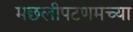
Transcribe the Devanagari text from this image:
मछलीपटणमच्या